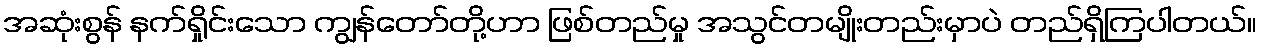
အဆုံးစွန် နက်ရှိုင်းသော ကျွန်တော်တို့ဟာ ဖြစ်တည်မှု အသွင်တမျိုးတည်းမှာပဲ တည်ရှိကြပါတယ်။